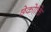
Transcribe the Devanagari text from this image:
छेकोक्ति